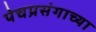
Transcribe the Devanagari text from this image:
पेचप्रसंगाच्या